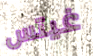
غيتس